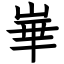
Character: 崋